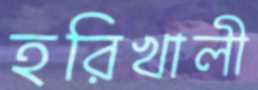
হরিখালী